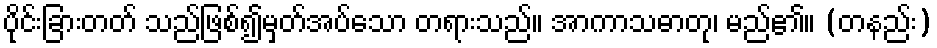
ပိုင်းခြားတတ် သည်ဖြစ်၍မှတ်အပ်သော တရားသည်။ အာကာသဓာတု၊ မည်၏။ (တနည်း)